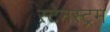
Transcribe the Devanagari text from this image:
स्टेनस्ट्रम